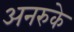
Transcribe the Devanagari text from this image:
अनरुके